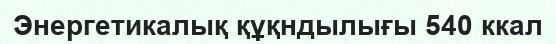
Энергетикалық құқндылығы 540 ккал